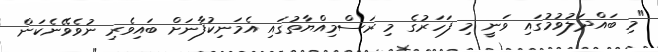
"މި ބައްދަލުވުމުގައި ވަނީ މި ފަހަރުގެ މި ރަސްމިއްޔާތުގައި އެމަނިކުފާނަށް ބައިވެރި ނުވެވޭނެކަން